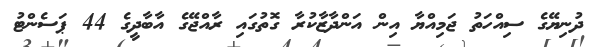
ދުނިޔޭގެ ސިއްހަތު ޖަމިއްޔާ އިން އަންދާޒާކުރާ ގޮތުގައި ރާއްޖޭގެ އާބާދީގެ 44 ޕަސެންޓު